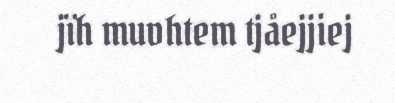
jïh muvhtem tjåejjiej